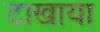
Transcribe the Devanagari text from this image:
टाखाया